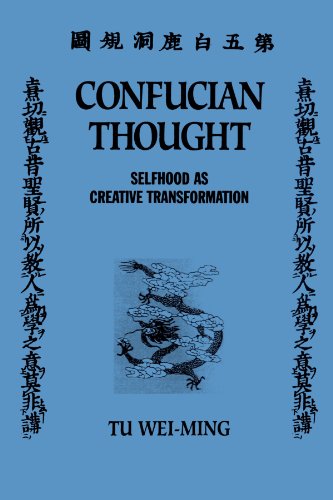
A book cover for Confucian Thought (SUNY Series in Philosophy); Tu Wei-Ming; Religion & Spirituality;